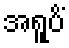
အရူပိံ